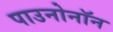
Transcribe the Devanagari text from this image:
पाउनोनॉन